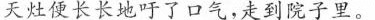
天灶便长长地吁了口气，走到院子里。